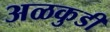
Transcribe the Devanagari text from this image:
अळकुडी